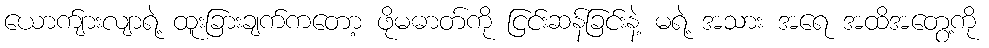
ယောက်ျားလျာရဲ့ ထူးခြားချက်ကတော့ ဖိုမဓာတ်ကို ငြင်းဆန်ခြင်းနဲ့ မရဲ့ အသား အရေ အထိအတွေ့ကို